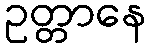
ဥတ္တာနေ